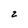
Character: z